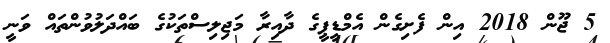
5 ޖޫން 2018 އިން ފެށިގެން އެމްޑީޕީގެ ދާއިރާ މަޖިލިސްތަކުގެ ބައްދަލުވުންތައް ވަނީ